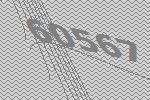
60567